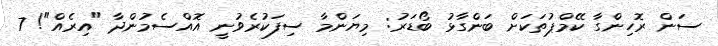
ސަން ރޮހިންގާ ކޭމްޕުތަކަށް ބަންގާޅު ބޯޑަރު: މިޔަންމާ ސިފަކުރެވުނީ އޮއްސެމުންދާ "އިރެއް"! 7